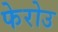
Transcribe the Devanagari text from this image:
फेरोउ